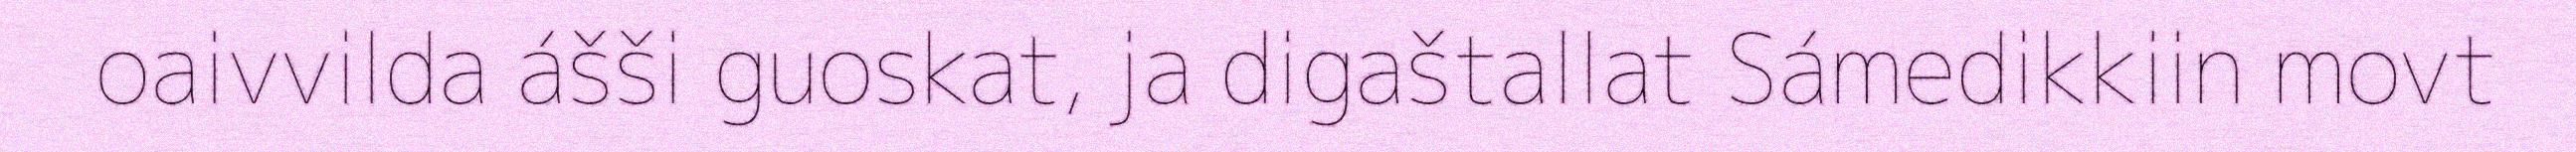
oaivvilda ášši guoskat, ja digaštallat Sámedikkiin movt